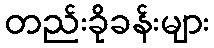
တည်းခိုခန်းများ